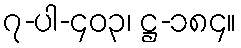
၇-ပါ-၄၀၃၊ ဋ္ဌ-၁၈၄။